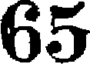
65